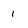
Character: 1